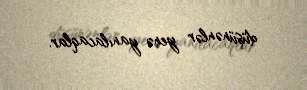
düşünənlər yenə yanılacaqlar.